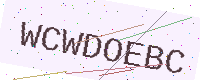
Text: WCWDOEBC